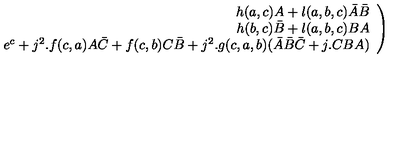
\left. \begin{array} { r } { h ( a , c ) A + l ( a , b , c ) \bar { A } \bar { B } } \\ { h ( b , c ) \bar { B } + l ( a , b , c ) B A } \\ { e ^ { c } + j ^ { 2 } . f ( c , a ) A \bar { C } + f ( c , b ) C \bar { B } + j ^ { 2 } . g ( c , a , b ) ( \bar { A } \bar { B } \bar { C } + j . C B A ) } \\ \end{array} \right)